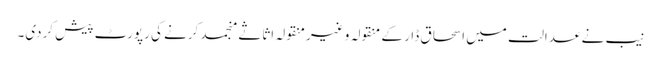
نیب نے عدالت میں اسحاق ڈار کے منقولہ و غیرمنقولہ اثاثے منجمد کرنے کی رپورٹ پیش کردی۔